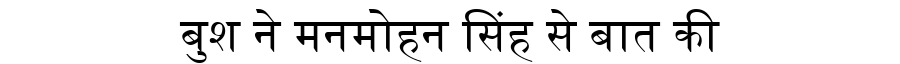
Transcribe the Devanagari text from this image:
बुश ने मनमोहन सिंह से बात की